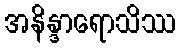
အနိန္ဒာရောသိဿ